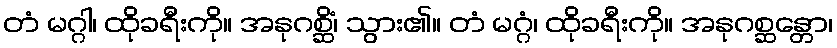
တံ မဂ္ဂါ၊ ထိုခရီးကို။ အနုဂစ္ဆိံ၊ သွား၏။ တံ မဂ္ဂံ၊ ထိုခရီးကို။ အနုဂစ္ဆန္တော၊